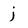
Character: j